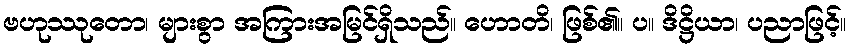
ဗဟုဿုတော၊ များစွာ အကြားအမြင်ရှိသည်။ ဟောတိ၊ ဖြစ်၏။ ပ။ ဒိဋ္ဌိယာ၊ ပညာဖြင့်။